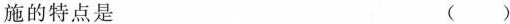
施的特点是 ( )